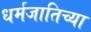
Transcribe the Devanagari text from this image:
धर्मजातिच्या